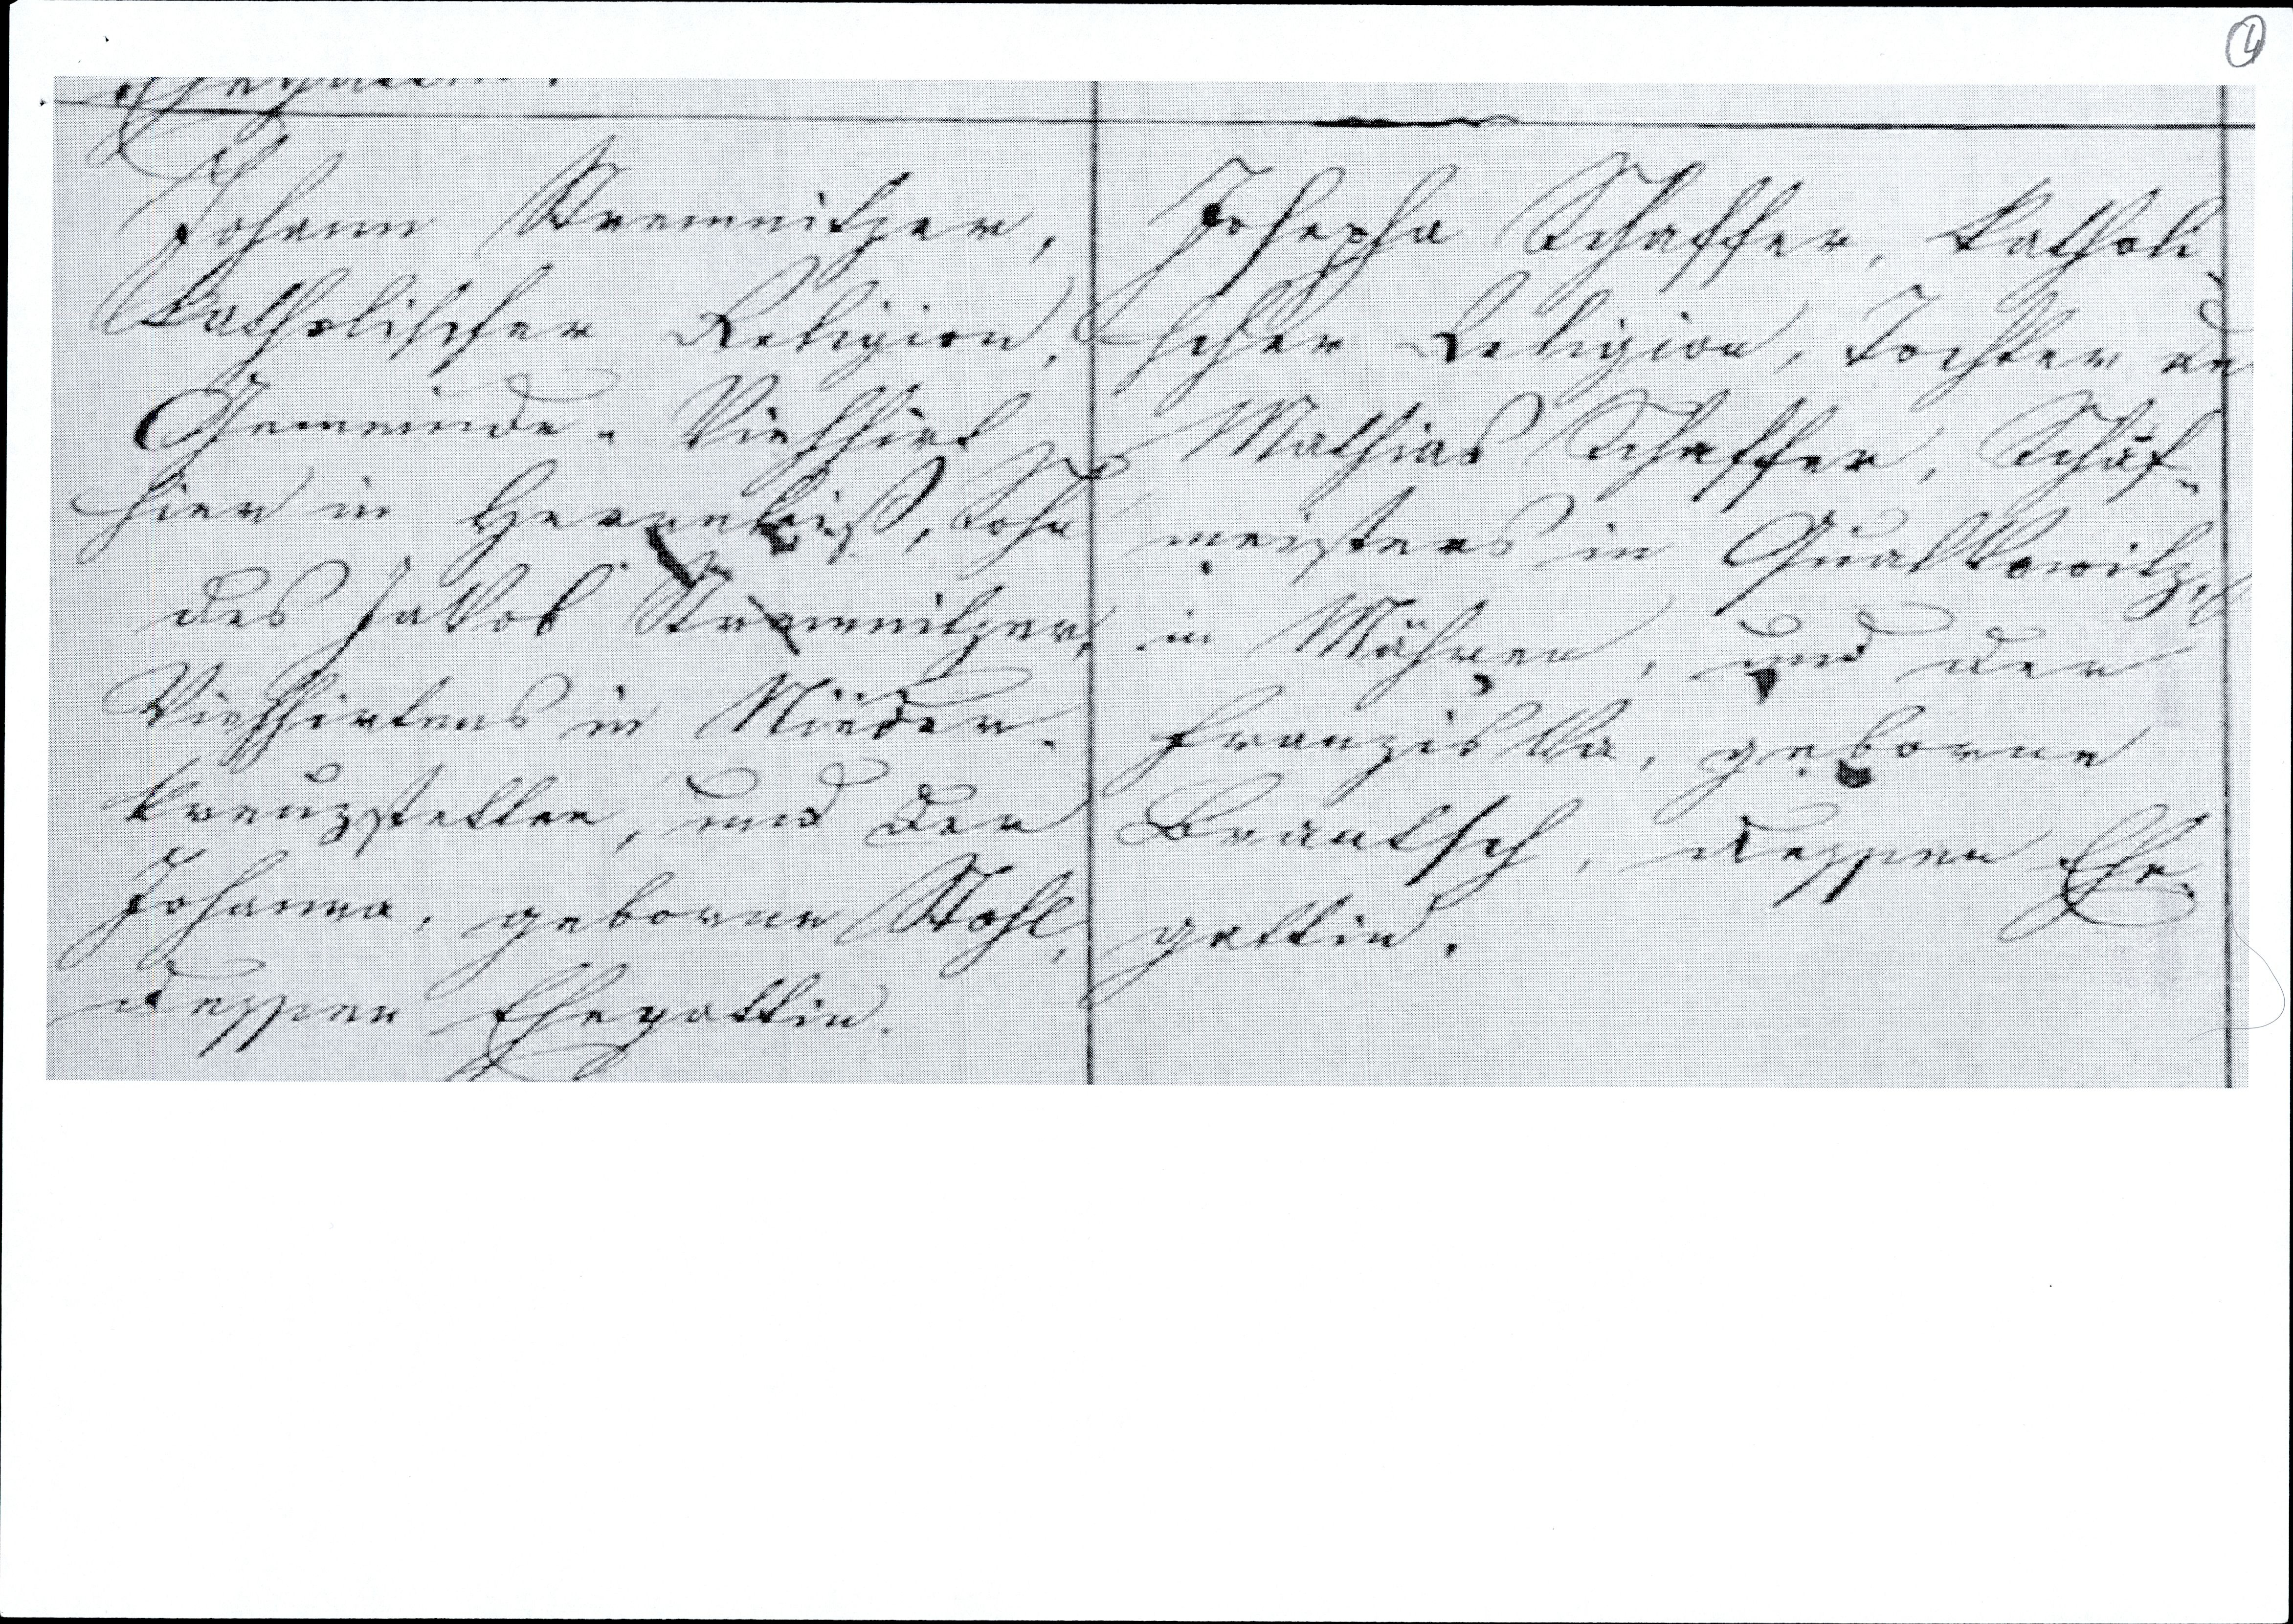
Johann Strewitzer,
katholischer Religion,
Gemeinde, Viehhirt
hier in Herenkiß, Sohn
des Jakob Strewitzer,
Viehhirtens in Nieder¬
kreuzstetten, und der
Johanna, geborene Stohl,
dessen Ehegattin

Josepha Schaffer, katholi¬
scher Religion, Tochter des
Mathias Schaffer, Schaf¬
meisters in Qualkowitz,
in Mähren, und der
Franziska, geborene
Brantsch, dessen Ehe¬
gattin.